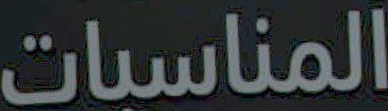
المناسبات